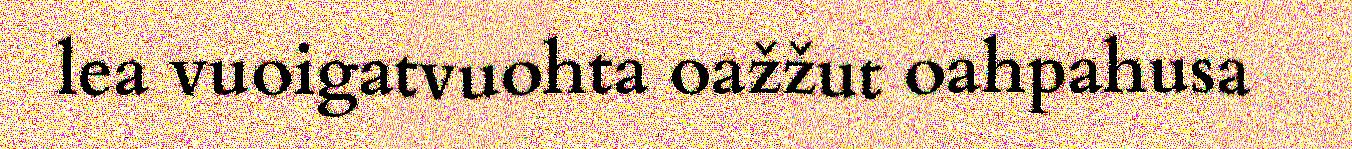
lea vuoigatvuohta oažžut oahpahusa